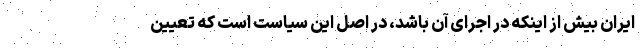
ایران بیش از اینکه در اجرای آن باشد، در اصل این سیاست است که تعیین